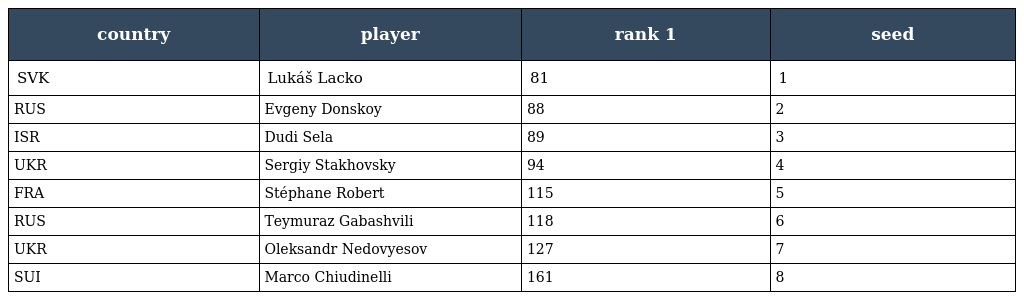
| country | player | rank 1 | seed |
 | --- | --- | --- | --- |
 | SVK | Lukáš Lacko | 81 | 1 |
 | RUS | Evgeny Donskoy | 88 | 2 |
 | ISR | Dudi Sela | 89 | 3 |
 | UKR | Sergiy Stakhovsky | 94 | 4 |
 | FRA | Stéphane Robert | 115 | 5 |
 | RUS | Teymuraz Gabashvili | 118 | 6 |
 | UKR | Oleksandr Nedovyesov | 127 | 7 |
 | SUI | Marco Chiudinelli | 161 | 8 |